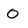
Character: O